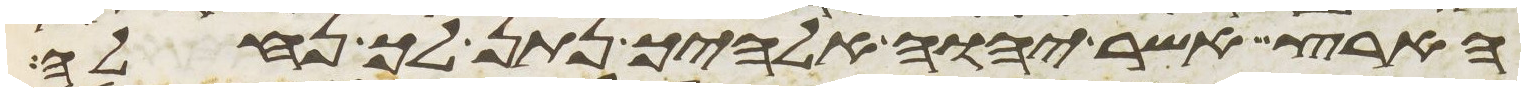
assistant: הארץ אשר יהוה אלהיך נתן לך נחלה